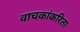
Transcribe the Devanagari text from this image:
वाचकांकरिता